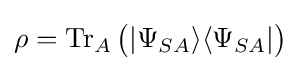
\rho =\operatorname {Tr} _{A}{\big (}|\Psi _{SA}\rangle \langle \Psi _{SA}|{\big )}